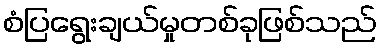
စံပြရွေးချယ်မှုတစ်ခုဖြစ်သည်